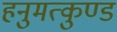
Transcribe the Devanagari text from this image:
हनुमत्कुण्ड